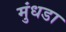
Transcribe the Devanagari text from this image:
मुंधडा